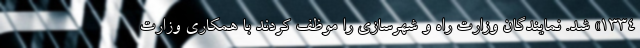
۱۳۳۴» شد. نمایندگان وزارت راه و شهرسازی را موظف کردند با همکاری وزارت